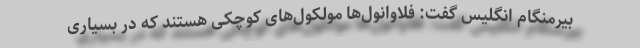
بیرمنگام انگلیس گفت: فلاوانول‌ها مولکول‌های کوچکی هستند که در بسیاری